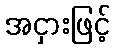
အငှားဖြင့်